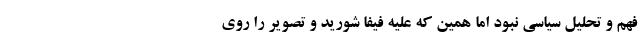
فهم و تحلیل سیاسی نبود اما همین که علیه فیفا شورید و تصویر را روی